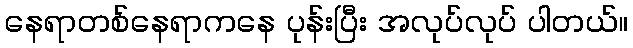
နေရာတစ်နေရာကနေ ပုန်းပြီး အလုပ်လုပ် ပါတယ်။